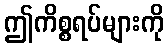
ဤကိစ္စရပ်များကို